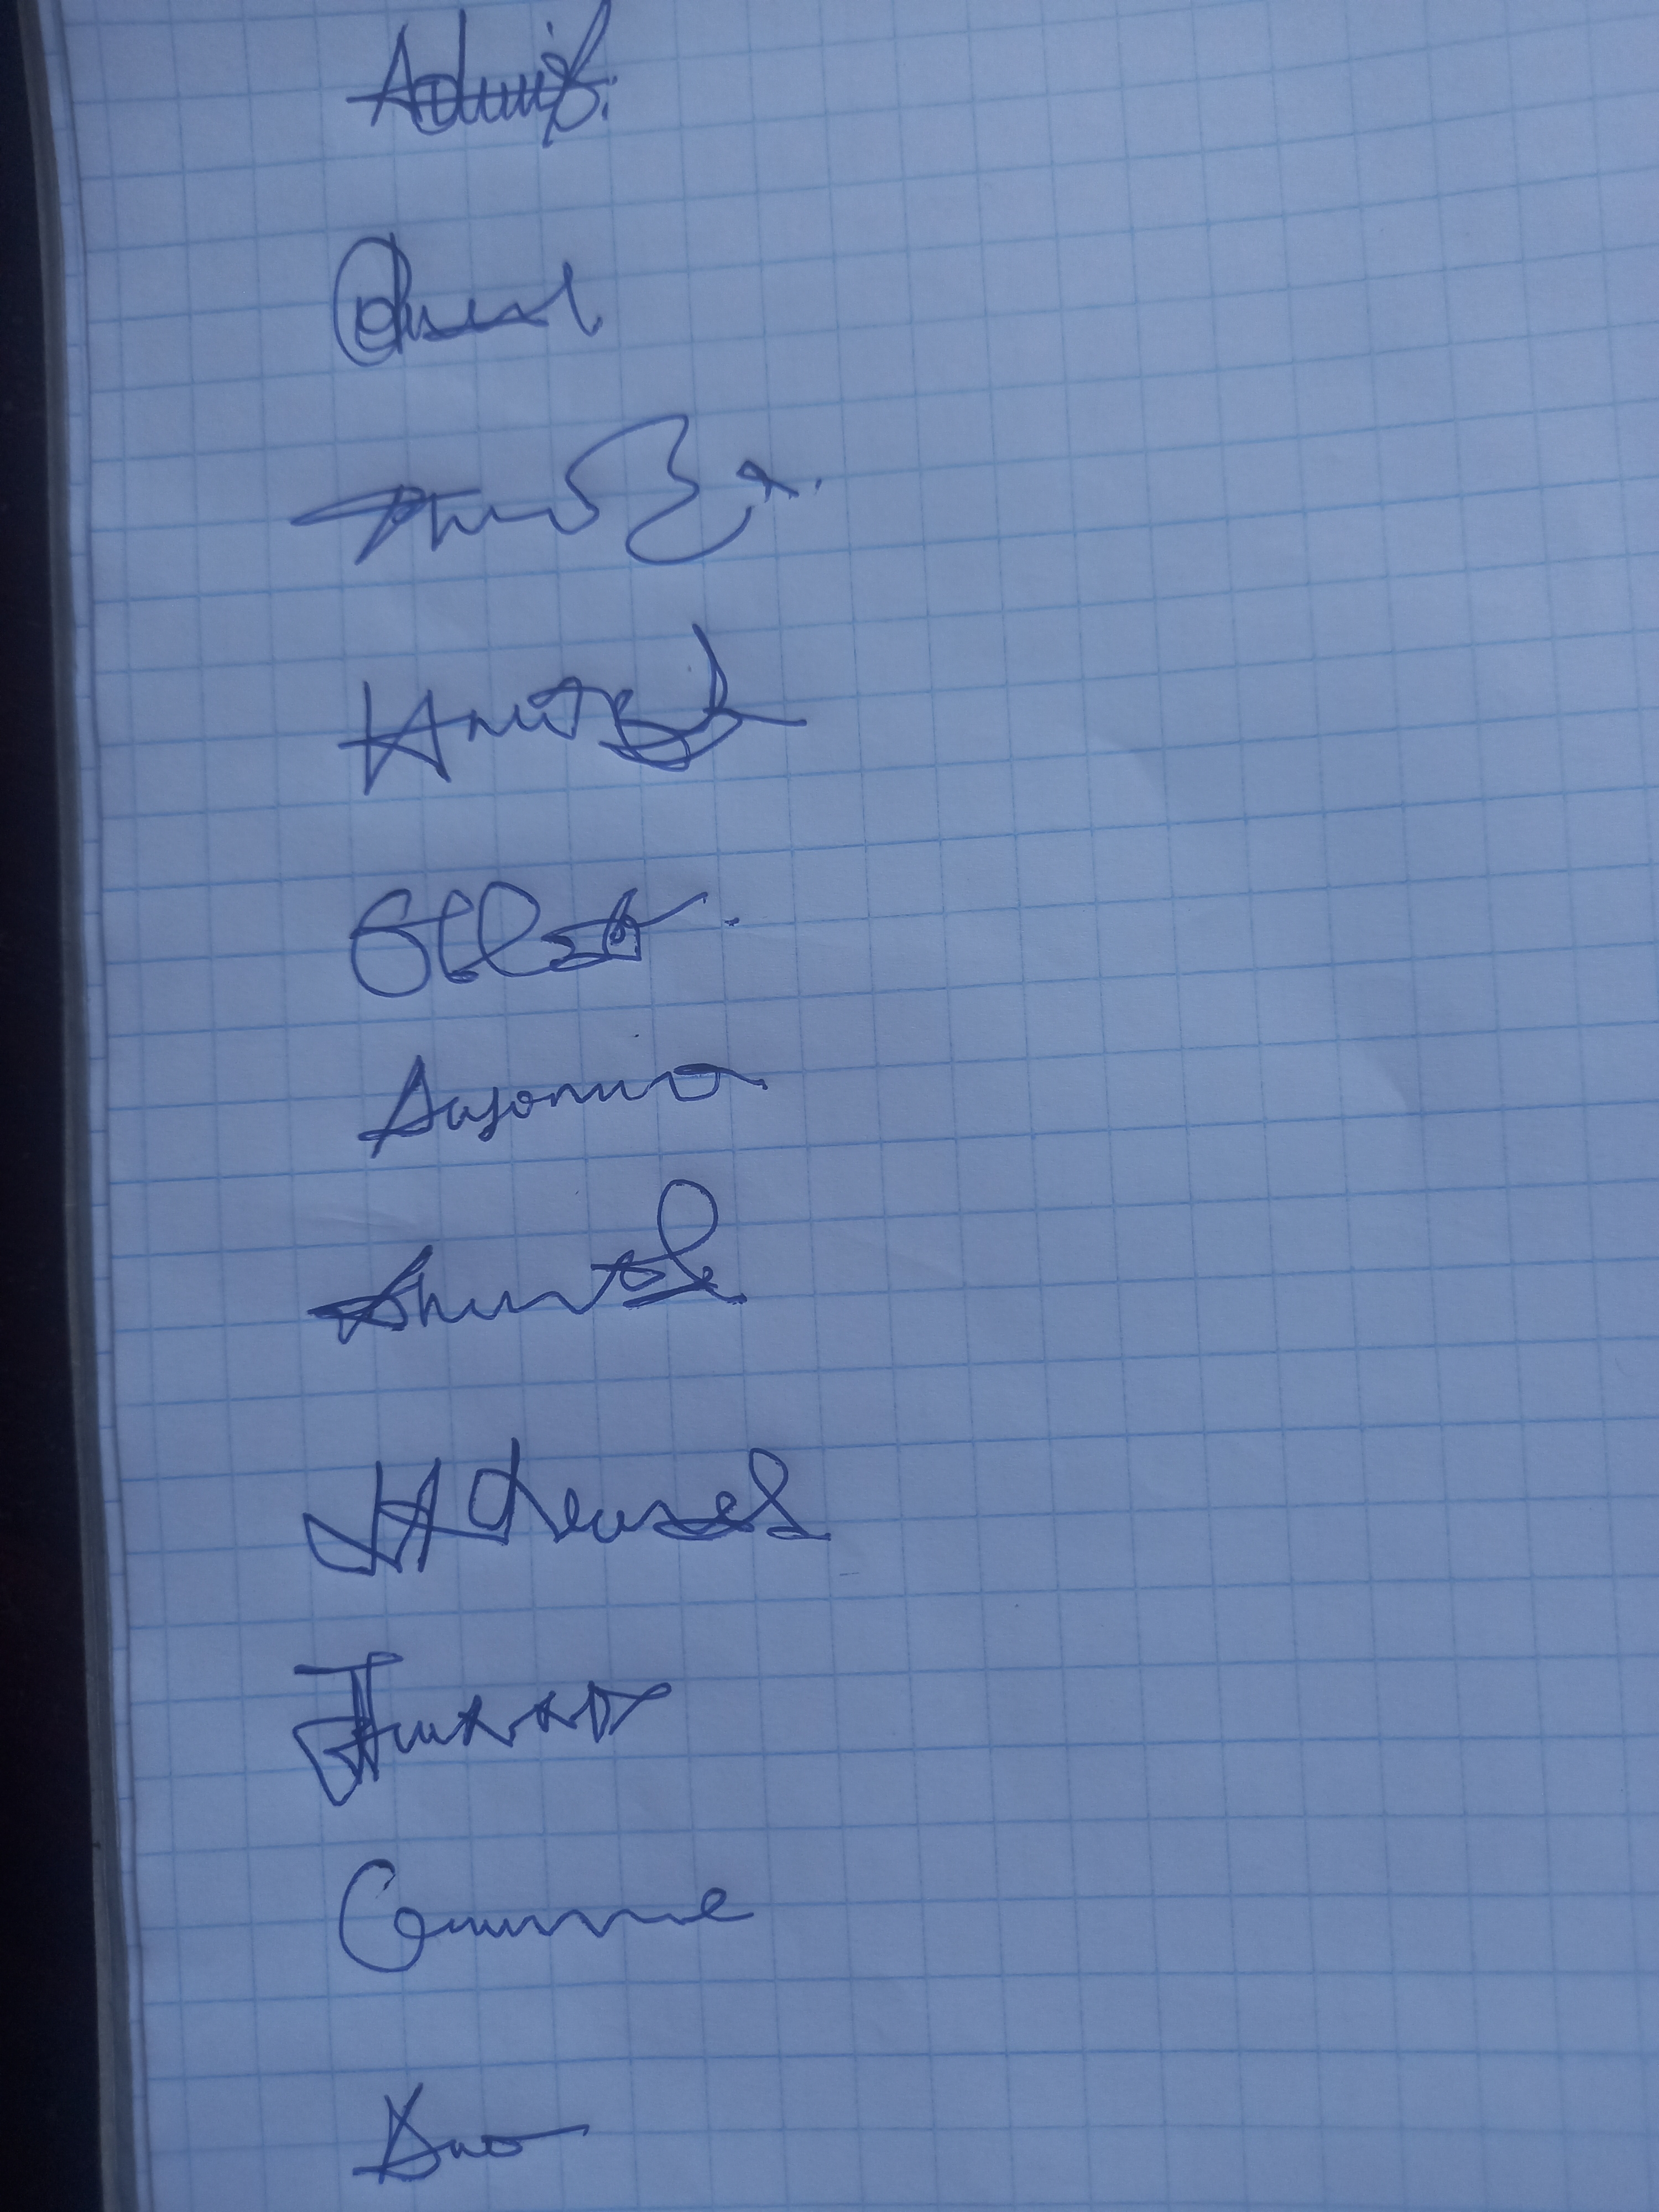
Signature authenticity: genuine